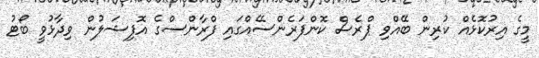
މީގެ އިރުކޮޅެއް ކުރިން ބޭއްވި ޕްރެސް ކޮންފަރެންސެެއްގައި ފްރާންސްގެ އޮފިޝަލުން ވިދާޅުވީ ބޯޓު